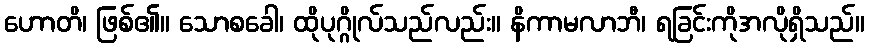
ဟောတိ၊ ဖြစ်၏။ သောစခေါ၊ ထိုပုဂ္ဂိုလ်သည်လည်း။ နိကာမလာဘီ၊ ရခြင်းကိုအလိုရှိသည်။